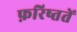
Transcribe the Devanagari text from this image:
फ़रिष्ततें